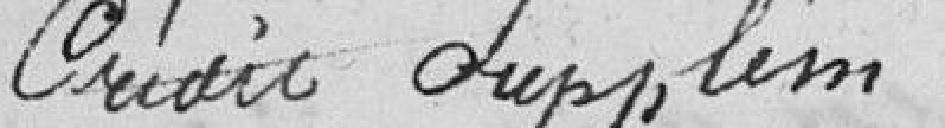
Crédit supplémentaire